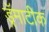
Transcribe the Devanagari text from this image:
ड्रॅमाटीक